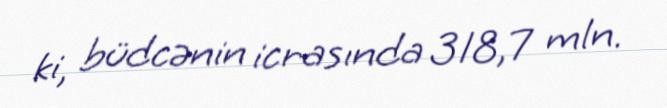
ki, büdcənin icrasında 318,7 mln.